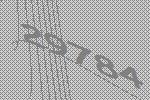
29784